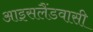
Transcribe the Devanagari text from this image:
आइसलैंडवासी